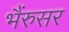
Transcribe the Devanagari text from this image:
भैंरुसर